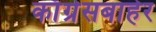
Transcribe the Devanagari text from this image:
काँग्रेसबाहेर